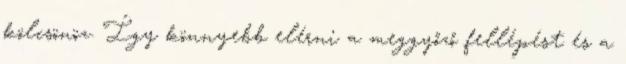
kölcsönöz. Így könnyebb elérni a meggyőző fellépést és a